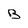
Character: B